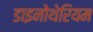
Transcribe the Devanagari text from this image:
डाइनोथेरियम